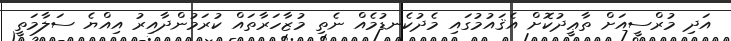
އަދި މުރްސީއަށް ތާޢީދުކޮށް އެޤައުމުގައި މެދުކެނޑުމެއް ނެތި މުޒާހަރާތައް ކުރަމުންދާއިރު އިއްޔެ ސަލާމަތީ